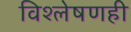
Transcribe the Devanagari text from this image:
विश्‍लेषणही